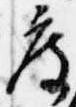
度